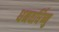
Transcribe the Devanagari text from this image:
धनवर्धिष्णु